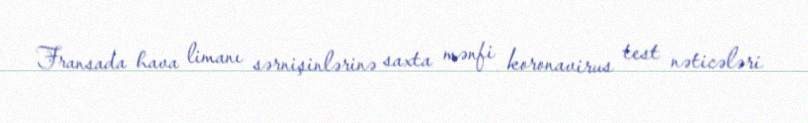
Fransada hava limanı sərnişinlərinə saxta mənfi koronavirus test nəticələri